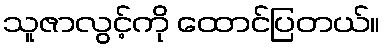
သူဇာလွင့်ကို ထောင်ပြတယ်။